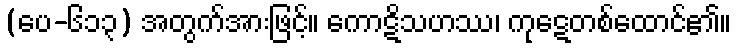
(ပေ-၆၁၃) အတွက်အားဖြင့်။ ကောဋိသဟဿ၊ ကုဋေတစ်ထောင်၏။